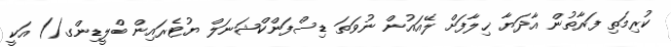
ކުރިމަތި ފަރާތުން އާދަޔާ ޚިލާފަށް ލޭއައުން ނުވަތަ ޑިސްފަންކްޝަނަލް ޔުޓެރައިން ބްލީޑިންގ() އަކީ